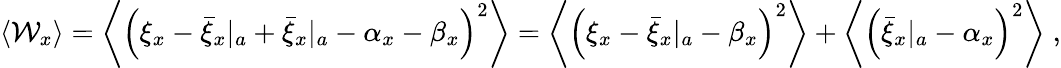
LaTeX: \begin{array}{r}{\langle\mathcal{W}_{x}\rangle=\left\langle\left(\xi_{x}-{\bar{\xi}_{x}}|_{a}+{\bar{\xi}_{x}}|_{a}-\alpha_{x}-\beta_{x}\right)^{2}\right\rangle=\left\langle\left(\xi_{x}-{\bar{\xi}_{x}}|_{a}-\beta_{x}\right)^{2}\right\rangle+\left\langle\left({\bar{\xi}_{x}}|_{a}-\alpha_{x}\right)^{2}\right\rangle\; ,}\end{array}